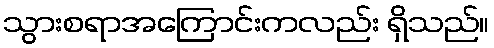
သွားစရာအကြောင်းကလည်း ရှိသည်။